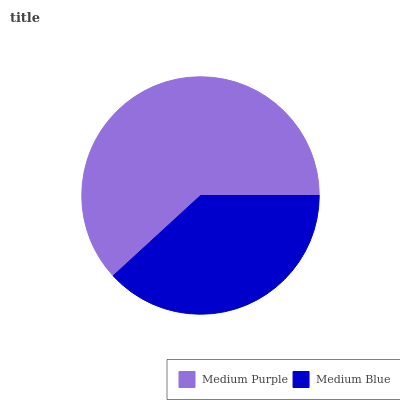
| Medium Purple | Medium Blue |
 | --- | --- |
 | 61.8% | 38.2% |